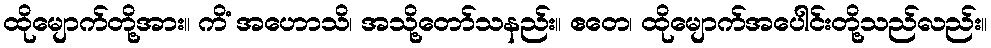
ထိုမျောက်တို့အား။ ကိံ အဟောသိ၊ အသို့တော်သနည်း။ ဧတေ၊ ထိုမျောက်အပေါင်းတို့သည်လည်း။